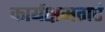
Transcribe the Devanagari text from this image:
कार्यक्षमताएं